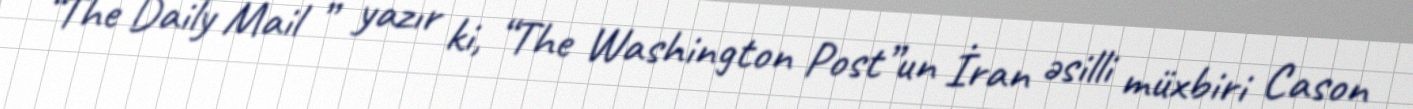
“The Daily Mail ” yazır ki, “The Washington Post”un İran əsilli müxbiri Cason